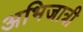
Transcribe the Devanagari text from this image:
अभिजात्री